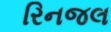
રિનજલ